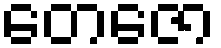
တေဇော